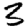
Digit: 3